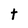
Character: t